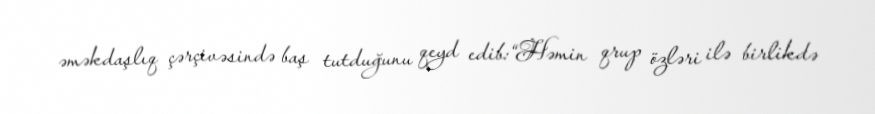
əməkdaşlıq çərçivəsində baş tutduğunu qeyd edib:“Həmin qrup özləri ilə birlikdə